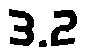
3.2